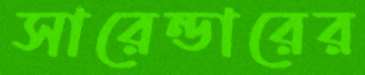
সারেন্ডারের